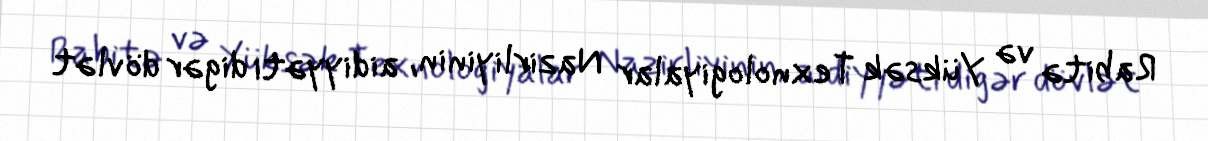
Rabitə və Yüksək Texnologiyalar Nazirliyinin, aidiyyəti digər dövlət